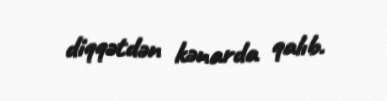
diqqətdən kənarda qalıb.